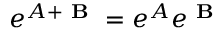
e ^ { \boldsymbol { A } + \boldsymbol { \textbf { B } } } = e ^ { \boldsymbol { A } } e ^ { \boldsymbol { \textbf { B } } }